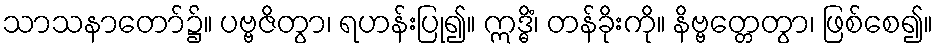
သာသနာတော်၌။ ပဗ္ဗဇိတွာ၊ ရဟန်းပြု၍။ ဣဒ္ဓိံ၊ တန်ခိုးကို။ နိဗ္ဗတ္တေတွာ၊ ဖြစ်စေ၍။